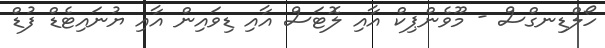
ހޯލްޑިނގްސް - މޫވެންޕިކް އާއި ލޮޓަސް އާއި ޑިވައިން އާއި ޔުނައިޓެޑް ފުޑް